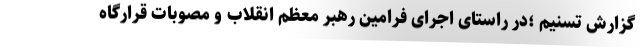
گزارش تسنیم ؛در راستای اجرای فرامین رهبر معظم انقلاب و مصوبات قرارگاه